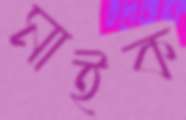
মাইক